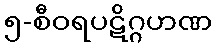
၅-စီဝရပဋိဂ္ဂဟဏ